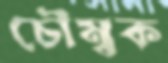
চৌম্বক